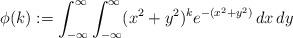
LaTeX: \begin{align*} \phi(k) := \int_{-\infty}^\infty \int_{-\infty}^\infty (x^2 + y^2)^k e^{-(x^2+y^2)} \, dx \, dy\end{align*}